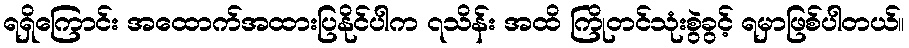
ရရှိကြောင်း အထောက်အထားပြနိုင်ပါက ၇သိန်း အထိ ကြိုတင်သုံးစွဲခွင့် ရမှာဖြစ်ပါတယ်။